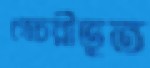
গোচরীভূত